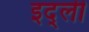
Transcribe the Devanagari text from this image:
इद्ली